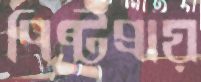
পিষ্টপ্রায়